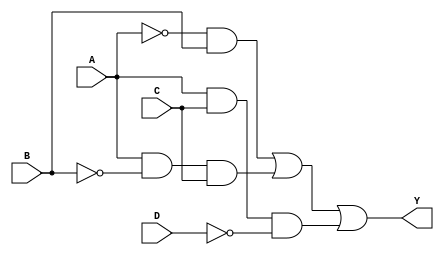
module sop_simplification (
    input wire A,   // Input variable A
    input wire B,   // Input variable B
    input wire C,   // Input variable C
    input wire D,   // Input variable D
    output wire Y   // Output variable Y
);

// Simplified SOP Expression Example
// Let's say the simplified expression we derived from K-map is:
// Y = A'B + AB'C + ACD' (this is just an example; replace it with your actual expression)

assign Y = (~A & B) | (A & ~B & C) | (A & C & ~D);

endmodule